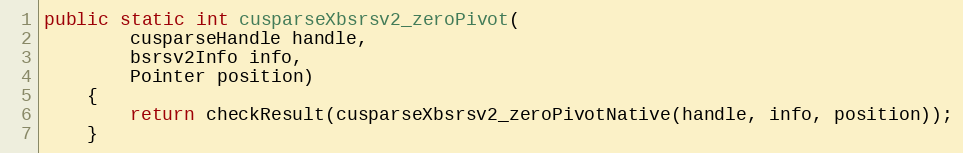
Language: Java
public static int cusparseXbsrsv2_zeroPivot(
        cusparseHandle handle,
        bsrsv2Info info,
        Pointer position)
    {
        return checkResult(cusparseXbsrsv2_zeroPivotNative(handle, info, position));
    }